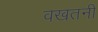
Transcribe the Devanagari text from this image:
वखतनी